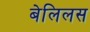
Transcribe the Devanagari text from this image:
बेलिलस